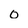
Character: 0